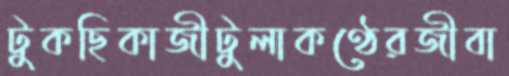
টুকছিকাজীটুলাকণ্ঠেরজীবা